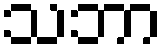
သဘာ